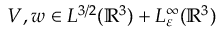
V , w \in L ^ { 3 / 2 } ( \mathbb { R } ^ { 3 } ) + L _ { \varepsilon } ^ { \infty } ( \mathbb { R } ^ { 3 } )